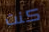
كنت